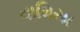
વામિયા